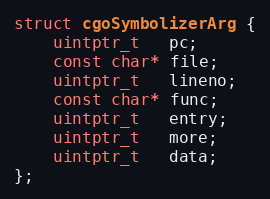
Language: C
struct cgoSymbolizerArg {
	uintptr_t   pc;
	const char* file;
	uintptr_t   lineno;
	const char* func;
	uintptr_t   entry;
	uintptr_t   more;
	uintptr_t   data;
};